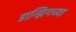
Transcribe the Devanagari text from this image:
डान्झिगच्या